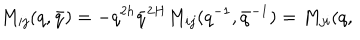
M _ { i j } ( q , \bar { q } ) = - q ^ { 2 h } \bar { q } ^ { 2 H } M _ { i j } ( q ^ { - 1 } , \bar { q } ^ { - 1 } ) = M _ { j i } ( q ,